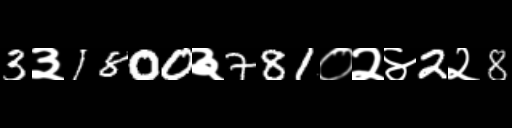
Text: 3३1800३781०२४2२8